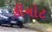
કીનોટ